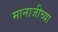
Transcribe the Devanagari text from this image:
मानाजीच्या